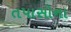
તપાસોના